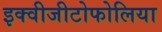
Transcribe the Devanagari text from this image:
इक्वीजीटोफोलिया